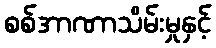
စစ်အာဏာသိမ်းမှုနှင့်